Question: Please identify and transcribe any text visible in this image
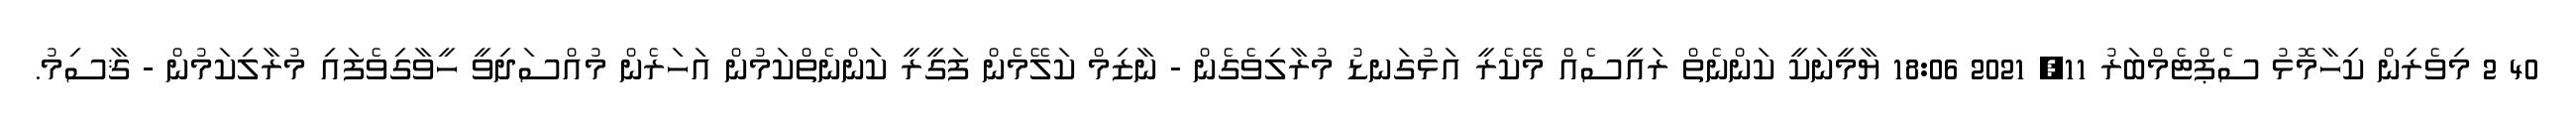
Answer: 40 2 މިވެރިން ކިހާމޮޅު ސެޕްޓެމްބަރު 11, 2021 18:06 ޔާމީނަކީ ކަންނެތް ރައީސެއް މޭކެރީ އަޅުގަނޑު މުރާލިވެގެން - ނާޒިމް ކަލޭމެން ފަގީރީ ކަންނެތްކަމުން އަހަރެން މުއްސަދިވީ ހީވާގިވެފައި މުރާލިކަމުން - ޤާސިމު.